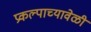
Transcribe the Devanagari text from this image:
प्रकल्पाच्यावेळी